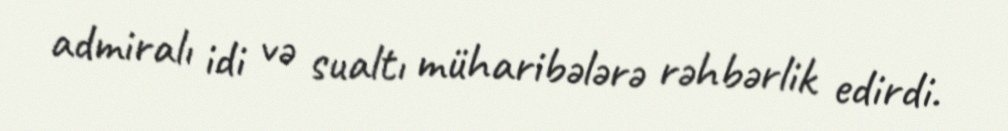
admiralı idi və sualtı müharibələrə rəhbərlik edirdi.